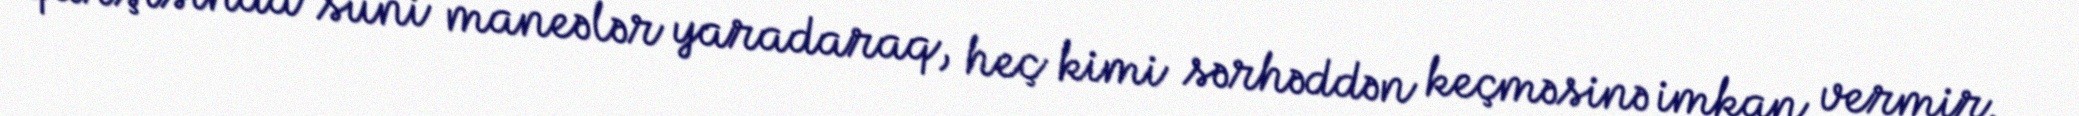
qarşısında süni maneələr yaradaraq, heç kimi sərhəddən keçməsinə imkan vermir.